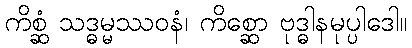
ကိစ္ဆံ သဒ္ဓမ္မဿဝနံ၊ ကိစ္ဆော ဗုဒ္ဓါနမုပ္ပါဒေါ။